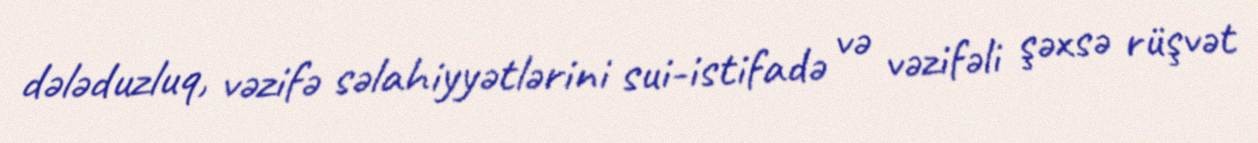
dələduzluq, vəzifə səlahiyyətlərini sui-istifadə və vəzifəli şəxsə rüşvət